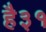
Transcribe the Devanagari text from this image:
है३१